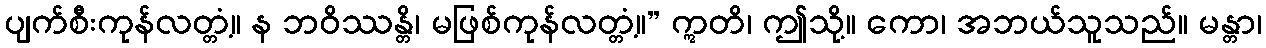
ပျက်စီးကုန်လတ္တံ့။ န ဘဝိဿန္တိ၊ မဖြစ်ကုန်လတ္တံ့။” ဣတိ၊ ဤသို့။ ကော၊ အဘယ်သူသည်။ မန္တာ၊